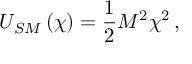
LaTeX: U _ { S M } \left( \chi \right) = \frac { 1 } { 2 } M ^ { 2 } \chi ^ { 2 } \, ,